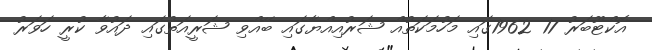
އޮކްޓޫބަރު 17 1962ގައި މަހުމަކަތުއް ޝަރުއިއްޔާގައި ބޭއްވި ޝަރީއަތުގައި ދައުވާ ކުރީ ހަވަރު